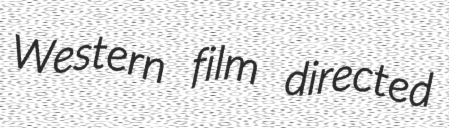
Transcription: Western film directed